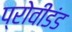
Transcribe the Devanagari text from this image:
प्रोवीडंड